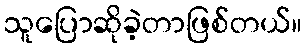
သူပြောဆိုခဲ့တာဖြစ်တယ်။